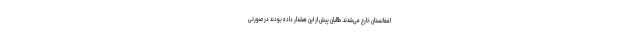
افغانستان خارج می‌شدند. طالبان پیش از این هشدار داده بودند در صورتی